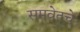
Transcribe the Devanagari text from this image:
समवेतचे